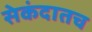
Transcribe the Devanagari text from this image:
सेकंदातच